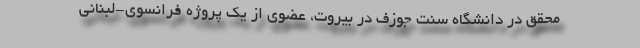
محقق در دانشگاه سنت جوزف در بیروت، عضوی از یک پروژه فرانسوی-لبنانی